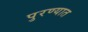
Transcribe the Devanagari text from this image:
पुरण्यात